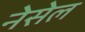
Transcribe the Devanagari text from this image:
नेसेल